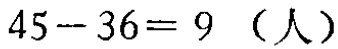
\(45 - 36 = 9\)（人）